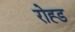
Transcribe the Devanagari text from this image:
रोह्ड